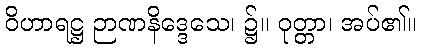
ဝိဟာရဋ္ဌ ဉာဏနိဒ္ဒေသေ၊ ၌။ ဝုတ္တာ၊ အပ်၏။